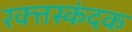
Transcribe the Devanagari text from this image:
रक्त्तस्कंदक